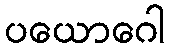
ပယောဂေါ